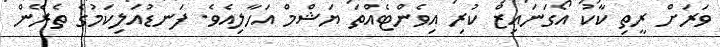
ވަރަށް ރީތި ކާކު އޯގަނައިޒް ކުރި އިވެންޓެއްތަ ޔަޝްމް އަހާލިއެވެ. ފަނޑުއަލިކަމުގެ ތެރޭން